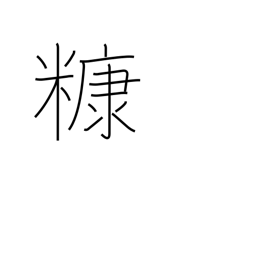
Meaning: rice bran